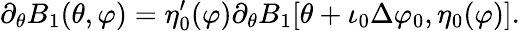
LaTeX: \partial_{\theta}B_{1}(\theta,\varphi)=\eta_{0}^{\prime}(\varphi)\partial_{\theta}B_{1}[\theta+\iota_{0}\Delta\varphi_{0},\eta_{0}(\varphi)].